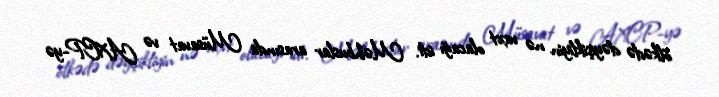
ölkədə dəyişikliyin nə vaxt olacağı idi. Məhbuslar arasında Müsavat və AXCP-yə